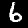
Label: 6